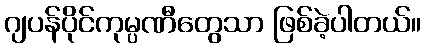
ဂျပန်ပိုင်ကုမ္ပဏီတွေသာ ဖြစ်ခဲ့ပါတယ်။